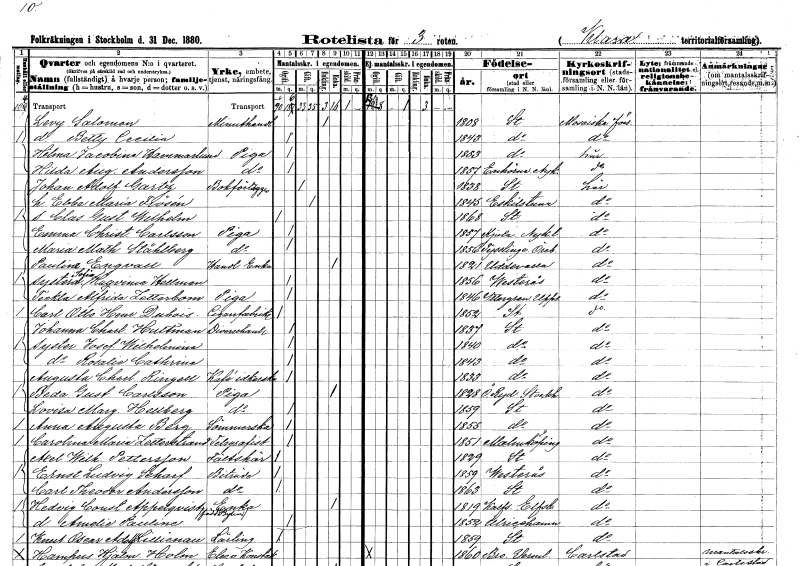
gt_parse: households: individuals: FN: Levy
EN: Salomon
YRKE: Minuthandlare
KON: M
CIV: E
FODAR: 1808
FODFORS: Stockholm
FN: Betty Cecilia
KON: K
CIV: O
FODAR: 1843
FODFORS: Stockholm
FN: Hilma Jacobina
EN: Hammarlund
YRKE: Piga
KON: K
CIV: O
FODAR: 1853
FODFORS: Stockholm
FN: Hilda Augusta
EN: Andersson
YRKE: Piga
KON: K
CIV: O
FODAR: 1857
FODFORS: Enhörna Stockholms län
FN: Johan Adolf
EN: Gartz
YRKE: Bokförläggare
KON: M
CIV: G
FODAR: 1838
FODFORS: Stockholm
FN: Ebba Maria
EN: Frösén
KON: K
CIV: G
FODAR: 1845
FODFORS: Eskilstuna Södermanlands län
FN: Clas Gustaf Wilhelm
KON: M
CIV: O
FODAR: 1868
FODFORS: Stockholm
FN: Emma Christina
EN: Carlsson
YRKE: Piga
KON: K
CIV: O
FODAR: 1857
FODFORS: Kjula Södermanlands län
FN: Maria Mathilda
EN: Ståhlberg
YRKE: Piga
KON: K
CIV: O
FODAR: 1856
FODFORS: Tysslinge Örebro län
FN: Pauline
EN: Engvall
YRKE: Handlandeänka
KON: K
CIV: E
FODAR: 1821
FODFORS: Uddevalla Göteborgs- och Bohuslän
FN: Sofia Haqvinia
EN: Hellman
KON: K
CIV: O
FODAR: 1856
FODFORS: Västerås Västmanlands län
FN: Teckla Alfrida
EN: Zetterbom
YRKE: Piga
KON: K
CIV: O
FODAR: 1846
FODFORS: Yttergran Uppsala län
FN: Carl Otto Henrik
EN: Dubois
YRKE: Cigarrfabrikör
KON: M
CIV: O
FODAR: 1852
FODFORS: Stockholm
FN: Johanna Charlotta
EN: Hultman
YRKE: Diversehandlare
KON: K
CIV: O
FODAR: 1837
FODFORS: Stockholm
FN: Josefina Wilhelmina
KON: K
CIV: O
FODAR: 1840
FODFORS: Stockholm
FN: Rosalie Cathrine
KON: K
CIV: O
FODAR: 1843
FODFORS: Stockholm
FN: Augusta Charlotta
EN: Ringell
YRKE: Kaféidkerska
KON: K
CIV: O
FODAR: 1833
FODFORS: Stockholm
FN: Beda Gustafva
EN: Carlsson
YRKE: Piga
KON: K
CIV: E
FODAR: 1828
FODFORS: Östra Ryd Stockholms län
FN: Lovisa Margareta
EN: Hellberg
YRKE: Piga
KON: K
CIV: O
FODAR: 1859
FODFORS: Stockholm
FN: Anna Augusta
EN: Berg
YRKE: Sömmerska
KON: K
CIV: O
FODAR: 1855
FODFORS: Stockholm
FN: Carolina Maria
EN: Zetterstrand
YRKE: Telegrafist
KON: K
CIV: O
FODAR: 1851
FODFORS: Malmköping Södermanlands län
FN: Axel Wilhelm
EN: Pettersson
YRKE: Fältskär
KON: M
CIV: O
FODAR: 1829
FODFORS: Stockholm
FN: Ernst Ludvig
EN: Scharf
YRKE: Biträde
KON: M
CIV: O
FODAR: 1859
FODFORS: Västerås Västmanlands län
FN: Carl Theodor
EN: Andersson
YRKE: Biträde
KON: M
CIV: O
FODAR: 1863
FODFORS: Stockholm
FN: Hedvig Constantia
EN: Appelqvist Bylin
YRKE: Änka
KON: K
CIV: E
FODAR: 1819
FODFORS: Kalv Älvsborgs län
FN: Amelie Pauline
KON: K
CIV: O
FODAR: 1852
FODFORS: Ulricehamn Älvsborgs län
FN: Knut Oscar Adolf
EN: Lillienau
YRKE: Lärling
KON: M
CIV: O
FODAR: 1859
FODFORS: Stockholm
FN: Hampus Hjalmar
EN: Holm
YRKE: Elev
KON: M
CIV: O
FODAR: 1860
FODFORS: Bro Stockholms län